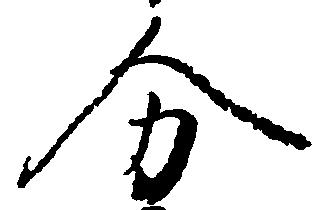
分